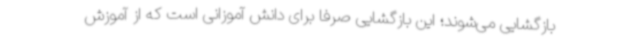
بازگشایی می‌شوند؛ این بازگشایی صرفا برای دانش آموزانی است که از آموزش